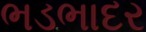
ભડભાદર